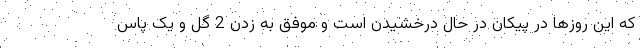
که این روزها در پیکان در حال درخشیدن است و موفق به زدن 2 گل و یک پاس